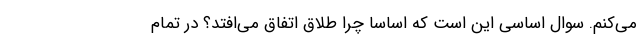
می‌کنم. سوال اساسی این است که اساسا چرا طلاق اتفاق می‌افتد؟ در تمام